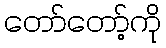
တော်တော့်ကို